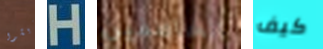
يعيشوا H الخاطفين كيف